Scottish Leaving Certificate Examination, 1961
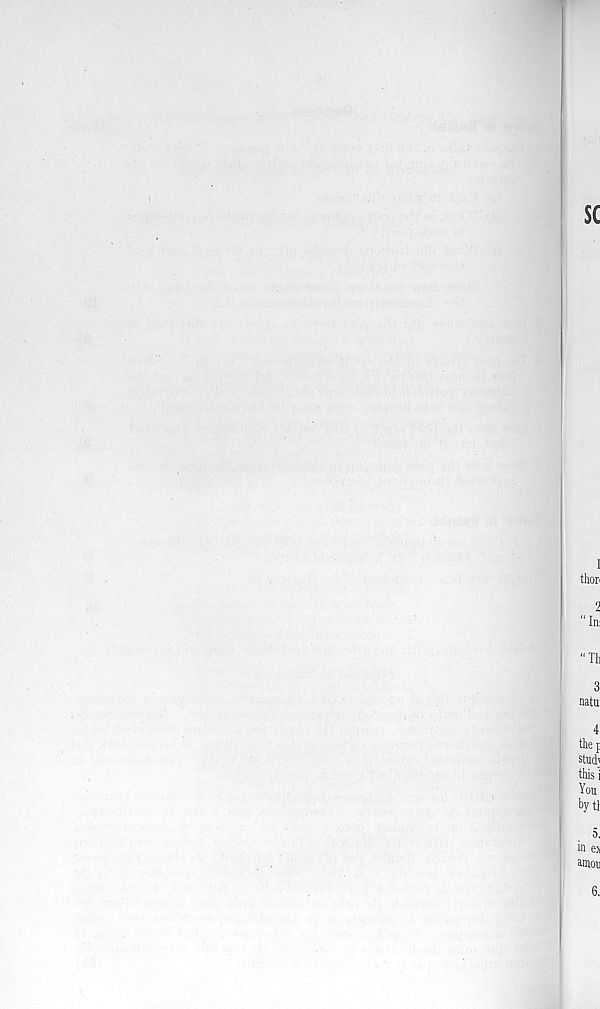
sc
1
thor
2
“In:
"Tb
3
natu
4.
the f
stud;
thisi
You
bytt
5.
in es
amou
6.